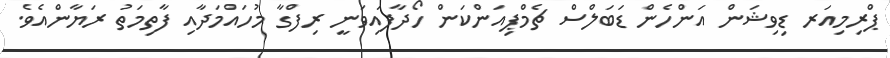
ޕްރިމިއަރ ޑިވިޝަން އަންހެން ޑަބަލްސް ޗެމްޕިއަންކަން ހޯދާފައިވަނީ ރިފްގާ މުހައްމަދާއި ފާތިމަތު ރަޔާންއެވެ.